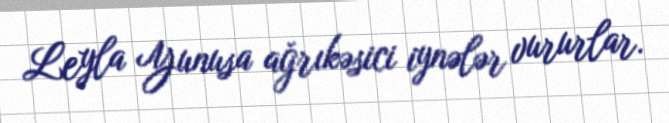
Leyla Yunusa ağrıkəsici iynələr vururlar.